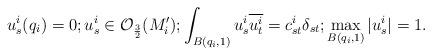
LaTeX: \begin{align*}u^i_s(q_i) = 0; u^i_s\in\mathcal{O}_{\frac{3}{2}}(M'_i); \int_{B(q_i, 1)}u^i_s\overline{u^i_t} = c^i_{st}\delta_{st}; \max\limits_{B(q_i, 1)}|u^i_s| = 1.\end{align*}